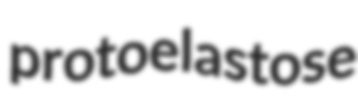
protoelastose